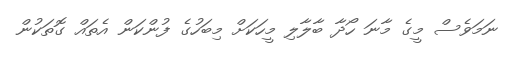
ނަމަވެސް މީގެ މާނަ ހޯދާ ބާލާލި މީހަކަށް މިބަހުގެ ފުންކަން އެތައް ގޮތަކުން